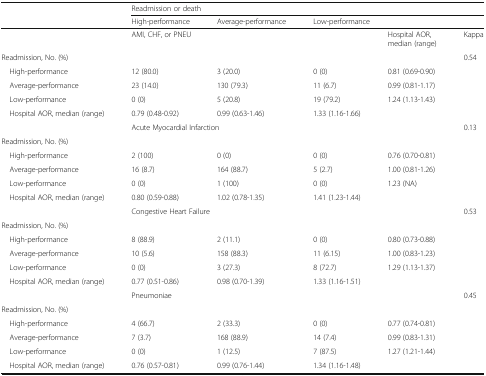
<table><thead><tr><td rowspan="2"></td><td colspan="5"><b>Readmission or death</b></td></tr><tr><td><b>High-performance</b></td><td><b>Average-performance</b></td><td colspan="3"><b>Low-performance</b></td></tr></thead><tbody><tr><td></td><td colspan="3">AMI, CHF, or PNEU</td><td>Hospital AOR,median (range)</td><td>Kappa</td></tr><tr><td colspan="5">Readmission, No. (%)</td><td rowspan="4">0.54</td></tr><tr><td> High-performance</td><td>12 (80.0)</td><td>3 (20.0)</td><td>0 (0)</td><td>0.81 (0.69-0.90)</td></tr><tr><td> Average-performance</td><td>23 (14.0)</td><td>130 (79.3)</td><td>11 (6.7)</td><td>0.99 (0.81-1.17)</td></tr><tr><td> Low-performance</td><td>0 (0)</td><td>5 (20.8)</td><td>19 (79.2)</td><td>1.24 (1.13-1.43)</td></tr><tr><td> Hospital AOR, median (range)</td><td>0.79 (0.48-0.92)</td><td>0.99 (0.63-1.46)</td><td>1.33 (1.16-1.66)</td><td></td><td></td></tr><tr><td></td><td colspan="3">Acute Myocardial Infarction</td><td></td><td rowspan="5">0.13</td></tr><tr><td colspan="5">Readmission, No. (%)</td></tr><tr><td> High-performance</td><td>2 (100)</td><td>0 (0)</td><td>0 (0)</td><td>0.76 (0.70-0.81)</td></tr><tr><td> Average-performance</td><td>16 (8.7)</td><td>164 (88.7)</td><td>5 (2.7)</td><td>1.00 (0.81-1.26)</td></tr><tr><td> Low-performance</td><td>0 (0)</td><td>1 (100)</td><td>0 (0)</td><td>1.23 (NA)</td></tr><tr><td> Hospital AOR, median (range)</td><td>0.80 (0.59-0.88)</td><td>1.02 (0.78-1.35)</td><td>1.41 (1.23-1.44)</td><td></td><td></td></tr><tr><td></td><td colspan="3">Congestive Heart Failure</td><td></td><td rowspan="5">0.53</td></tr><tr><td colspan="5">Readmission, No. (%)</td></tr><tr><td> High-performance</td><td>8 (88.9)</td><td>2 (11.1)</td><td>0 (0)</td><td>0.80 (0.73-0.88)</td></tr><tr><td> Average-performance</td><td>10 (5.6)</td><td>158 (88.3)</td><td>11 (6.15)</td><td>1.00 (0.83-1.23)</td></tr><tr><td> Low-performance</td><td>0 (0)</td><td>3 (27.3)</td><td>8 (72.7)</td><td>1.29 (1.13-1.37)</td></tr><tr><td> Hospital AOR, median (range)</td><td>0.77 (0.51-0.86)</td><td>0.98 (0.70-1.39)</td><td>1.33 (1.16-1.51)</td><td></td><td></td></tr><tr><td></td><td colspan="3">Pneumoniae</td><td></td><td rowspan="5">0.45</td></tr><tr><td colspan="5">Readmission, No. (%)</td></tr><tr><td> High-performance</td><td>4 (66.7)</td><td>2 (33.3)</td><td>0 (0)</td><td>0.77 (0.74-0.81)</td></tr><tr><td> Average-performance</td><td>7 (3.7)</td><td>168 (88.9)</td><td>14 (7.4)</td><td>0.99 (0.83-1.31)</td></tr><tr><td> Low-performance</td><td>0 (0)</td><td>1 (12.5)</td><td>7 (87.5)</td><td>1.27 (1.21-1.44)</td></tr><tr><td> Hospital AOR, median (range)</td><td>0.76 (0.57-0.81)</td><td>0.99 (0.76-1.44)</td><td>1.34 (1.16-1.48)</td><td></td><td></td></tr></tbody></table>